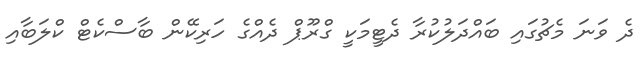
ދެ ވަނަ މެޗުގައި ބައްދަލުކުރާ ދެޓީމަކީ ގްރޫޕް ދެއްގެ ހަރިކޭން ބާސްކެޓް ކްލަބާއި